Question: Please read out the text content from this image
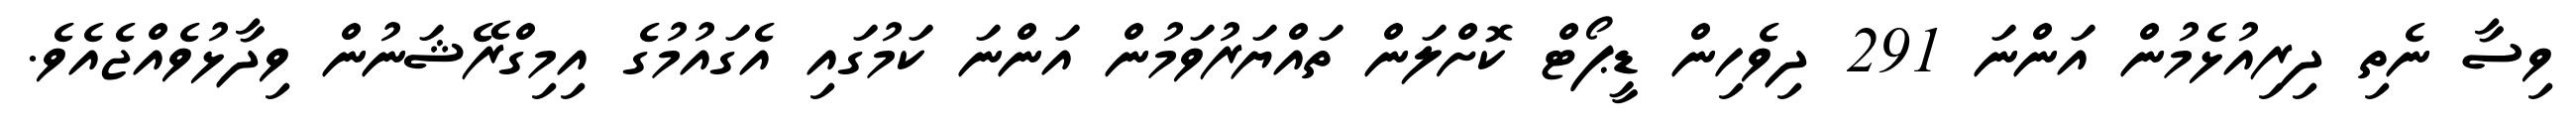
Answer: ވިސާ ނެތި ދިރިއުޅެމުން އަންނަ 291 ދިވެހިން ޑީޕޯޓް ކޮށްލަން ތައްޔަރުވަމުން އަންނަ ކަމުގައި އެގައުމުގެ އިމިގްރޭޝަނުން ވިދާޅުވެއްޖެއެވެ.